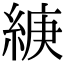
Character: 𦁶